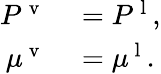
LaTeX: \begin{array}{rl}{P^{\mathrm{~v~}}}&{{}=P^{\mathrm{~l~}},}\\ {\mu^{\mathrm{~v~}}}&{{}=\mu^{\mathrm{~l~}}.}\end{array}